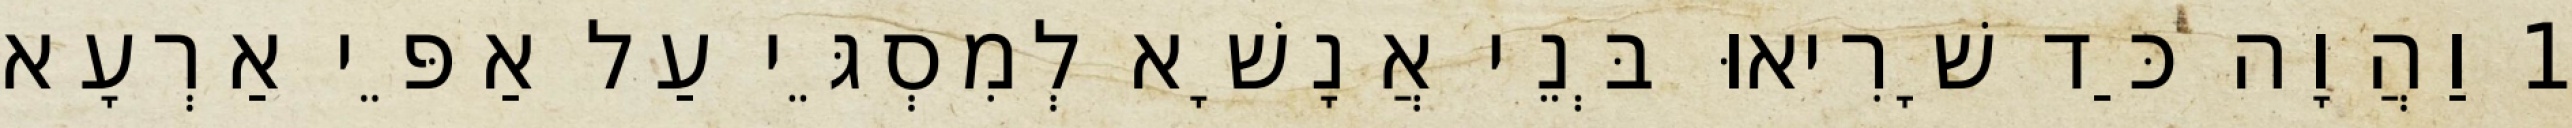
1 וַהֲוָה כַּד שָׁרִיאוּ בְּנֵי אֲנָשָׁא לְמִסְגֵּי עַל אַפֵּי אַרְעָא